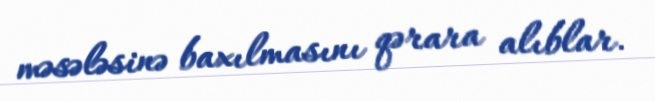
məsələsinə baxılmasını qərara alıblar.